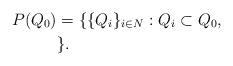
LaTeX: \begin{align*}P(Q_{0}) & =\{\{Q_{i}\}_{i\in N}:Q_{i}\subset Q_{0}, \\& \}.\end{align*}